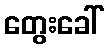
တွေးခေါ်